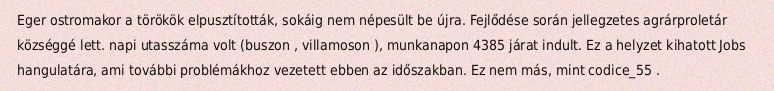
Eger ostromakor a törökök elpusztították, sokáig nem népesült be újra. Fejlődése során jellegzetes agrárproletár községgé lett. napi utasszáma volt (buszon , villamoson ), munkanapon 4385 járat indult. Ez a helyzet kihatott Jobs hangulatára, ami további problémákhoz vezetett ebben az időszakban. Ez nem más, mint codice_55 .